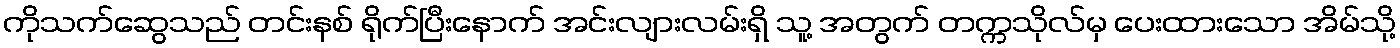
ကိုသက်ဆွေသည် တင်းနစ် ရိုက်ပြီးနောက် အင်းလျားလမ်းရှိ သူ့ အတွက် တက္ကသိုလ်မှ ပေးထားသော အိမ်သို့